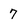
Character: 7